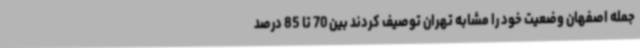
جمله اصفهان وضعیت خود را مشابه تهران توصیف کردند بین 70 تا 85 درصد